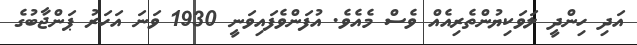
އަދި ހިންދީ ލަވަކިޔުންތެރިއެއް ވެސް މެއެވެ. އުފަންވެފައިވަނީ 1930 ވަނަ އަހަރު ޕަންޖާބުގެ